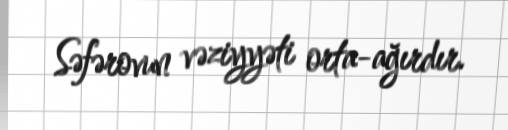
Səfərovun vəziyyəti orta-ağırdır.